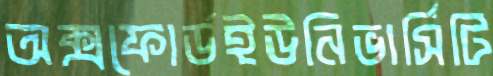
অক্সফোর্ডইউনিভার্সিটি